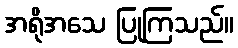
အရိုအသေ ပြုကြသည်။